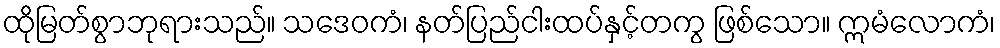
ထိုမြတ်စွာဘုရားသည်။ သဒေဝကံ၊ နတ်ပြည်ငါးထပ်နှင့်တကွ ဖြစ်သော။ ဣမံလောကံ၊